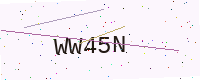
Text: WW45N